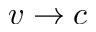
v \rightarrow c